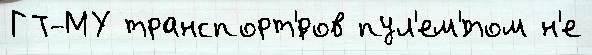
ГТ-МУ транспорт'́ров пул'ем'́том н'е